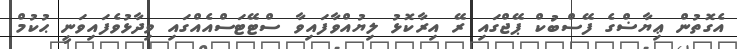
އެގޮތުން ޢިޔާޟްގެ ފޭސްބުކް ޕޭޖްގައި ރޭ އިރާކޮޅު ލިޔުއްވާފައިވާ ސްޓޭޓަސްއެއްގައި ވިދާޅުވެފައިވަނީ ޙުކުމް